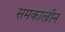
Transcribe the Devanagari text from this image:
समकाल्रीन